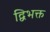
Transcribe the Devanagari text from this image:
द्विभक्त